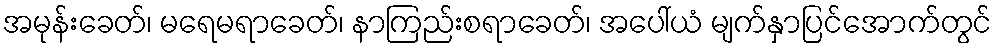
အမုန်းခေတ်၊ မရေမရာခေတ်၊ နာကြည်းစရာခေတ်၊ အပေါ်ယံ မျက်နှာပြင်အောက်တွင်